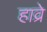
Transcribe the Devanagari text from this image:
हाव्रे